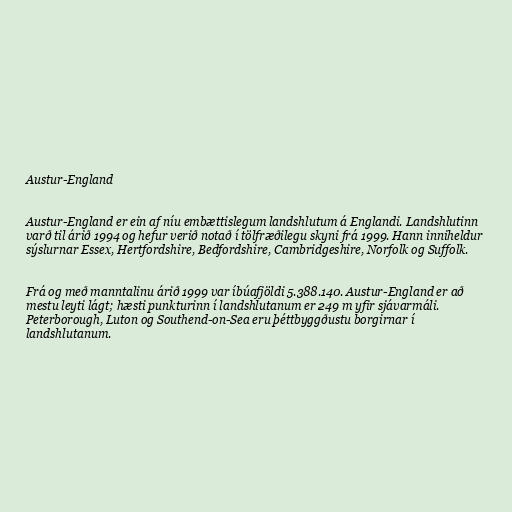
Austur-England

Austur-England er ein af níu embættislegum landshlutum á Englandi. Landshlutinn
varð til árið 1994 og hefur verið notað í tölfræðilegu skyni frá 1999. Hann inniheldur
sýslurnar Essex, Hertfordshire, Bedfordshire, Cambridgeshire, Norfolk og Suffolk.

Frá og með manntalinu árið 1999 var íbúafjöldi 5.388.140. Austur-England er að
mestu leyti lágt; hæsti punkturinn í landshlutanum er 249 m yfir sjávarmáli.
Peterborough, Luton og Southend-on-Sea eru þéttbyggðustu borgirnar í
landshlutanum.